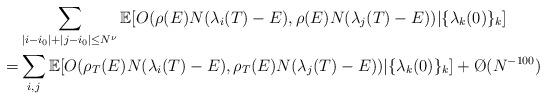
LaTeX: \begin{align*}& \sum_{|i-i_0| + |j-i_0| \leq N^{\nu} } \mathbb{E} [ O ( \rho (E) N (\lambda_i (T) - E), \rho(E) N (\lambda_j (T) - E )) | \{ \lambda_k (0) \}_k] \\ = & \sum_{i, j } \mathbb{E} [ O ( \rho_T (E) N (\lambda_i (T) - E), \rho_T (E) N (\lambda_j (T) - E )) | \{ \lambda_k (0) \}_k] +\O ( N^{-100} )\end{align*}